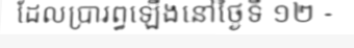
ដែលប្រារព្ធឡើងនៅថ្ងៃទី ១២ -